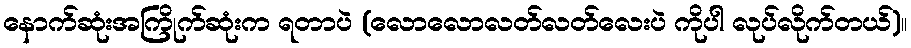
နောက်ဆုံးအကြိုက်ဆုံးက ရတာပဲ (လောလောလတ်လတ်လေးပဲ ကိုပါ လုပ်လိုက်တယ်)။